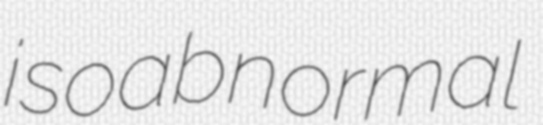
isoabnormal